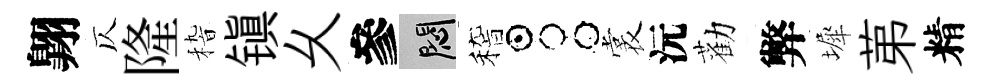
翺仄隆𥟵镇乆參悶稽占裳沅勸弊墀苐精